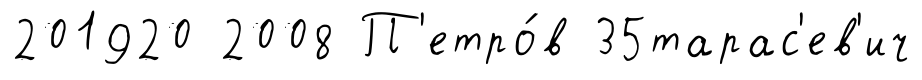
201920 2008 П'етро́в 35тарас'ев'ич